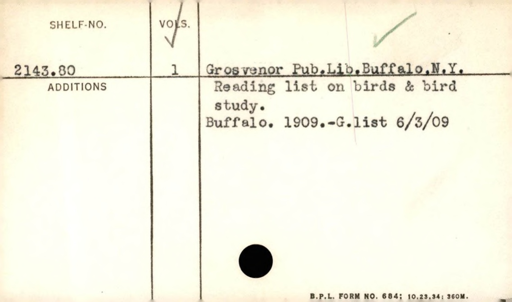
Label: content